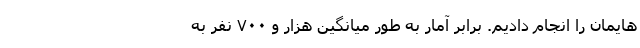
هایمان را انجام دادیم. برابر آمار به طور میانگین هزار و ۷۰۰ نفر به